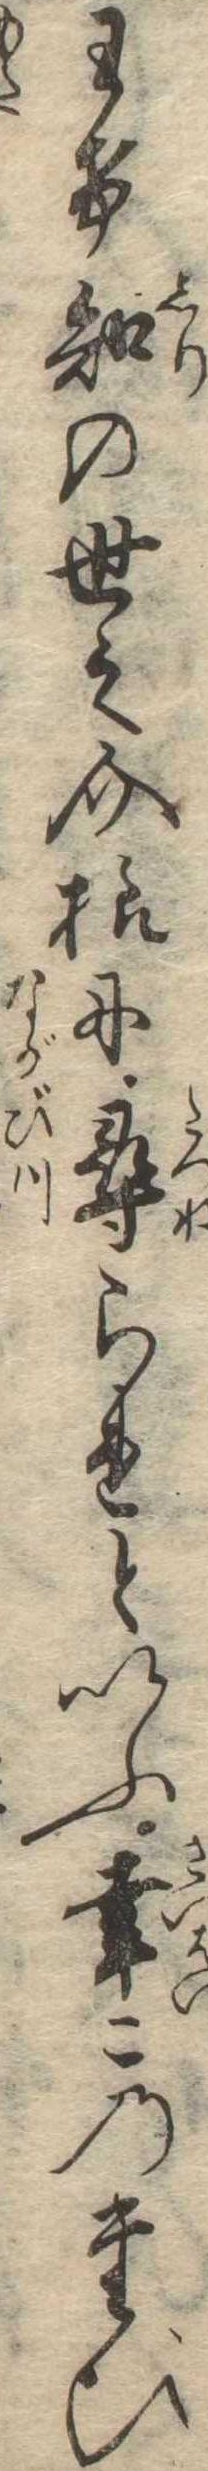
わけ知の世之介様に尋られといふ幸このたび